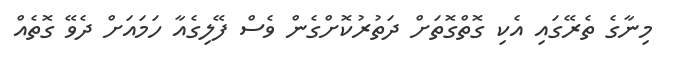
މިނާގެ ތެރޭގައި އެކި ގޮތްގޮތަށް ދަތުރުކޮށްގެން ވެސް ފޭލިގެއާ ހަމައަށް ދެވޭ ގޮތެއް